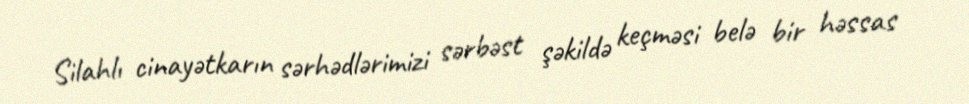
Silahlı cinayətkarın sərhədlərimizi sərbəst şəkildə keçməsi belə bir həssas